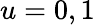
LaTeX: u=0,1